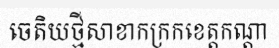
ចេតិយថ្មីសាខាកក្រកខេត្តកណ្តា